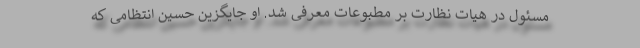
مسئول در هیات نظارت بر مطبوعات معرفی شد. او جایگزین حسین انتظامی که